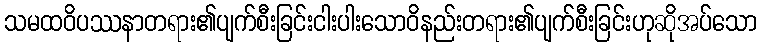
သမထဝိပဿနာတရား၏ပျက်စီးခြင်းငါးပါးသောဝိနည်းတရား၏ပျက်စီးခြင်းဟုဆိုအပ်သော